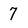
Character: 7